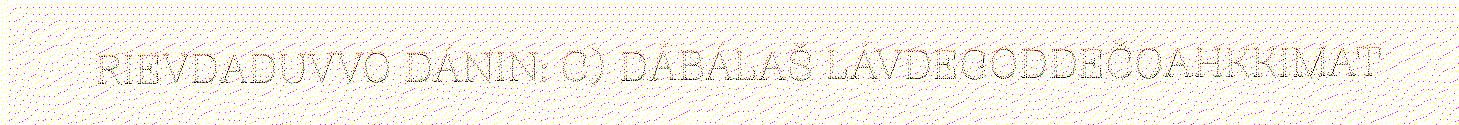
RIEVDADUVVO DÁNIN: C) DÁBÁLAŠ LÁVDEGODDEČOAHKKIMAT